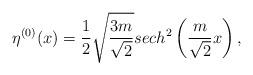
LaTeX: \begin{align*}\eta^{(0)} (x)=\frac 12\sqrt{\frac{3m}{\sqrt{2}}}sech^{2}\left(\frac{m}{\sqrt 2}x \right),\end{align*}